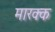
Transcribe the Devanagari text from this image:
मारक्क